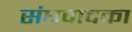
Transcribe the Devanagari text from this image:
संघवादका